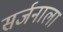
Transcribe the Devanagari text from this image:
सर्जनाला